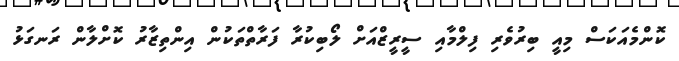
ކޮންމެއަކަސް މިއީ ބިރުވެރި ފިލްމާއި ސީރީޒްއަށް ލޯބިކުރާ ފަރާތްތަކުން އިންތިޒާރު ކޮށްލާން ރަނގަޅު